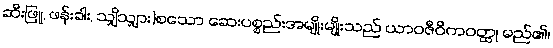
ဆီးဖြူ, ဖန်းခါး, သျှိသျှား)စသော ဆေးပစ္စည်းအမျိုးမျိုးသည် ယာဝဇီဝိကဝတ္ထု မည်၏၊